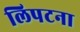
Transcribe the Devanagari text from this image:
लिपटना